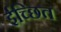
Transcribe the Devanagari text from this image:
ईच्छित